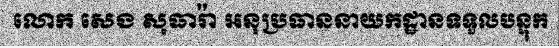
លោក សេង សុធារ៉ា អនុប្រធាននាយកដ្ឋានទទួលបន្ទុក